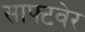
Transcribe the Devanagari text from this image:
साफ्टवेर